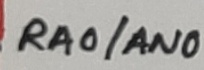
Text: RA0/AN0